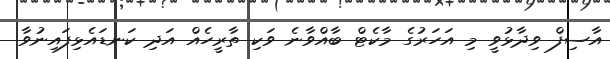
އާސިފް ވިދާޅުވީ މި އަހަރުގެ މާކެޓް ބާއްވާނެ ވަކި ތާރީހެއް އަދި ކަނޑައެޅިފައިނުވާ